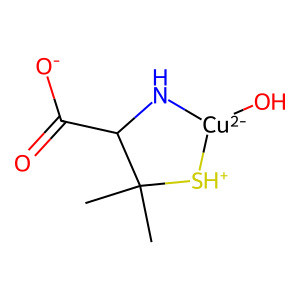
SMILES: CC1(C)[SH+][Cu-2](O)NC1C(=O)[O-]
Inhibits HIV replication: No